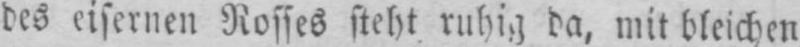
des eisernen Rosses steht ruhig da, mit bleichen